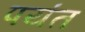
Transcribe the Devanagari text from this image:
पयंत